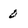
Character: 0